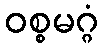
ဝစ္စမဂ္ဂံ